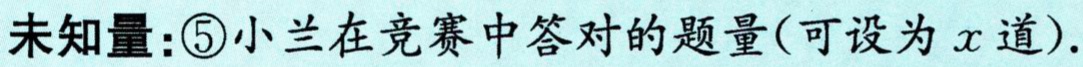
未知量：\textcircled{5}小兰在竞赛中答对的题量(可设为\(x\)道).